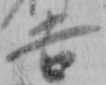
吉